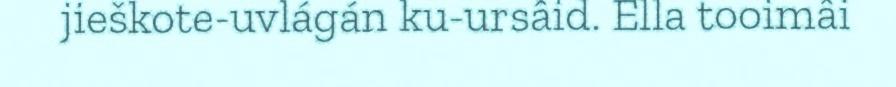
jieškote-uvlágán ku-ursâid. Ella tooimâi